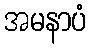
အမနာပံ